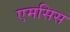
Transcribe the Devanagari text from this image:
एमसिस